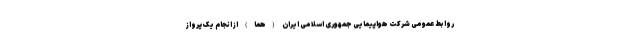
روابط عمومی شرکت هواپیمایی جمهوری اسلامی ایران (هما) از انجام یک پرواز